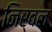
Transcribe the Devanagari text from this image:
निर्वल